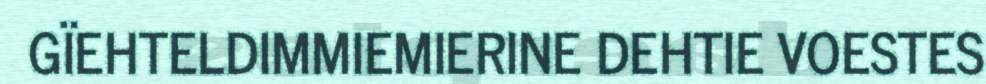
GÏEHTELDIMMIEMIERINE DEHTIE VOESTES